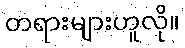
တရားများဟူလို။